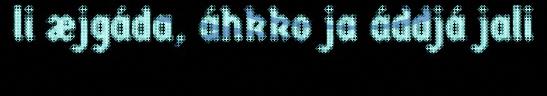
li æjgáda, áhkko ja áddjá jali